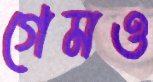
গেমও